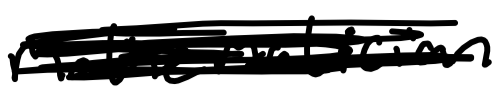
Text: mathematician
Cross-out: scratch
Writing tool: digital_black